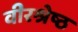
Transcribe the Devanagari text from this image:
वीरश्रेष्ठ